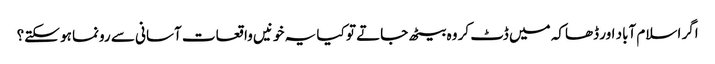
اگر اسلام آباد اور ڈھاکہ میں ڈٹ کر وہ بیٹھ جاتے تو کیا یہ خونیں واقعات آسانی سے رونما ہو سکتے؟